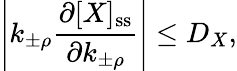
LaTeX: \left|k_{\pm\rho}\frac{\partial[X]_{\mathrm{ss}}}{\partial k_{\pm\rho}}\right|\leq D_{X},